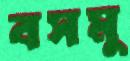
বসমু